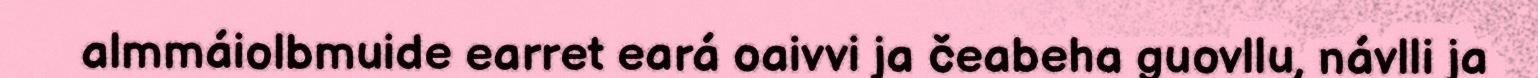
almmáiolbmuide earret eará oaivvi ja čeabeha guovllu, návlli ja